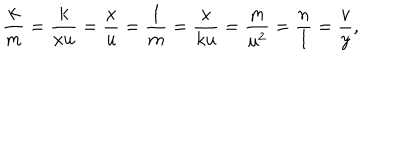
\frac k m = \frac k { x u } = \frac x u = \frac 1 m = \frac x { k u } = \frac m { u ^ { 2 } } = \frac n l = \frac v y ,